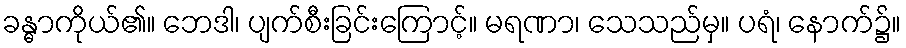
ခန္ဓာကိုယ်၏။ ဘေဒါ၊ ပျက်စီးခြင်းကြောင့်။ မရဏာ၊ သေသည်မှ။ ပရံ၊ နောက်၌။